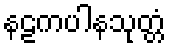
နဠကပါနသုတ္တံ